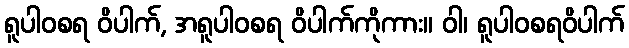
ရူပါဝစရ ဝိပါက်, အရူပါဝစရ ဝိပါက်ကိုကား။ ဝါ၊ ရူပါဝစရဝိပါက်